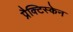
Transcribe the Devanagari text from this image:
प्रैक्टिस्केन